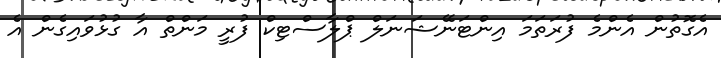
އެގޮތުން އެންމެ ފުރަތަމަ އިންޓަނޭޝަނަލް ޕްލާސްޓިކް ފުރީ މަންތް އާ ގުޅުވައިގެން އެ